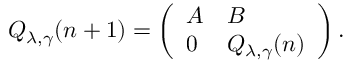
Q _ { \lambda , \gamma } ( n + 1 ) = \left( \begin{array} { l l } { A } & { B } \\ { 0 } & { Q _ { \lambda , \gamma } ( n ) } \end{array} \right) .